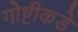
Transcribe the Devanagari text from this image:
गोष्टीकडे